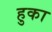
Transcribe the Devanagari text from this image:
हुका